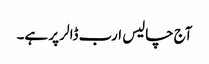
آج چالیس ارب ڈالر پر ہے۔